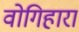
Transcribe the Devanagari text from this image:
वोगिहारा